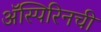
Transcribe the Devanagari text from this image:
ॲस्पिरिनची